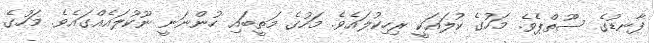
ފާނޑުގެ ސޫތްޕެވެ. މަހުގެ ކުލައަކީ ރިހިކުލައެވެ. މަހުގެ މަތީބައި ހުންނަނީ ނޫކުލައެއްގައެވެ. މަހުގެ